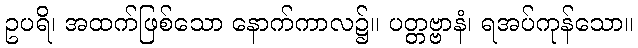
ဥပရိ၊ အထက်ဖြစ်သော နောက်ကာလ၌။ ပတ္တဗ္ဗာနံ၊ ရအပ်ကုန်သော။